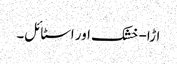
اڑا-خشک اور اسٹائل۔